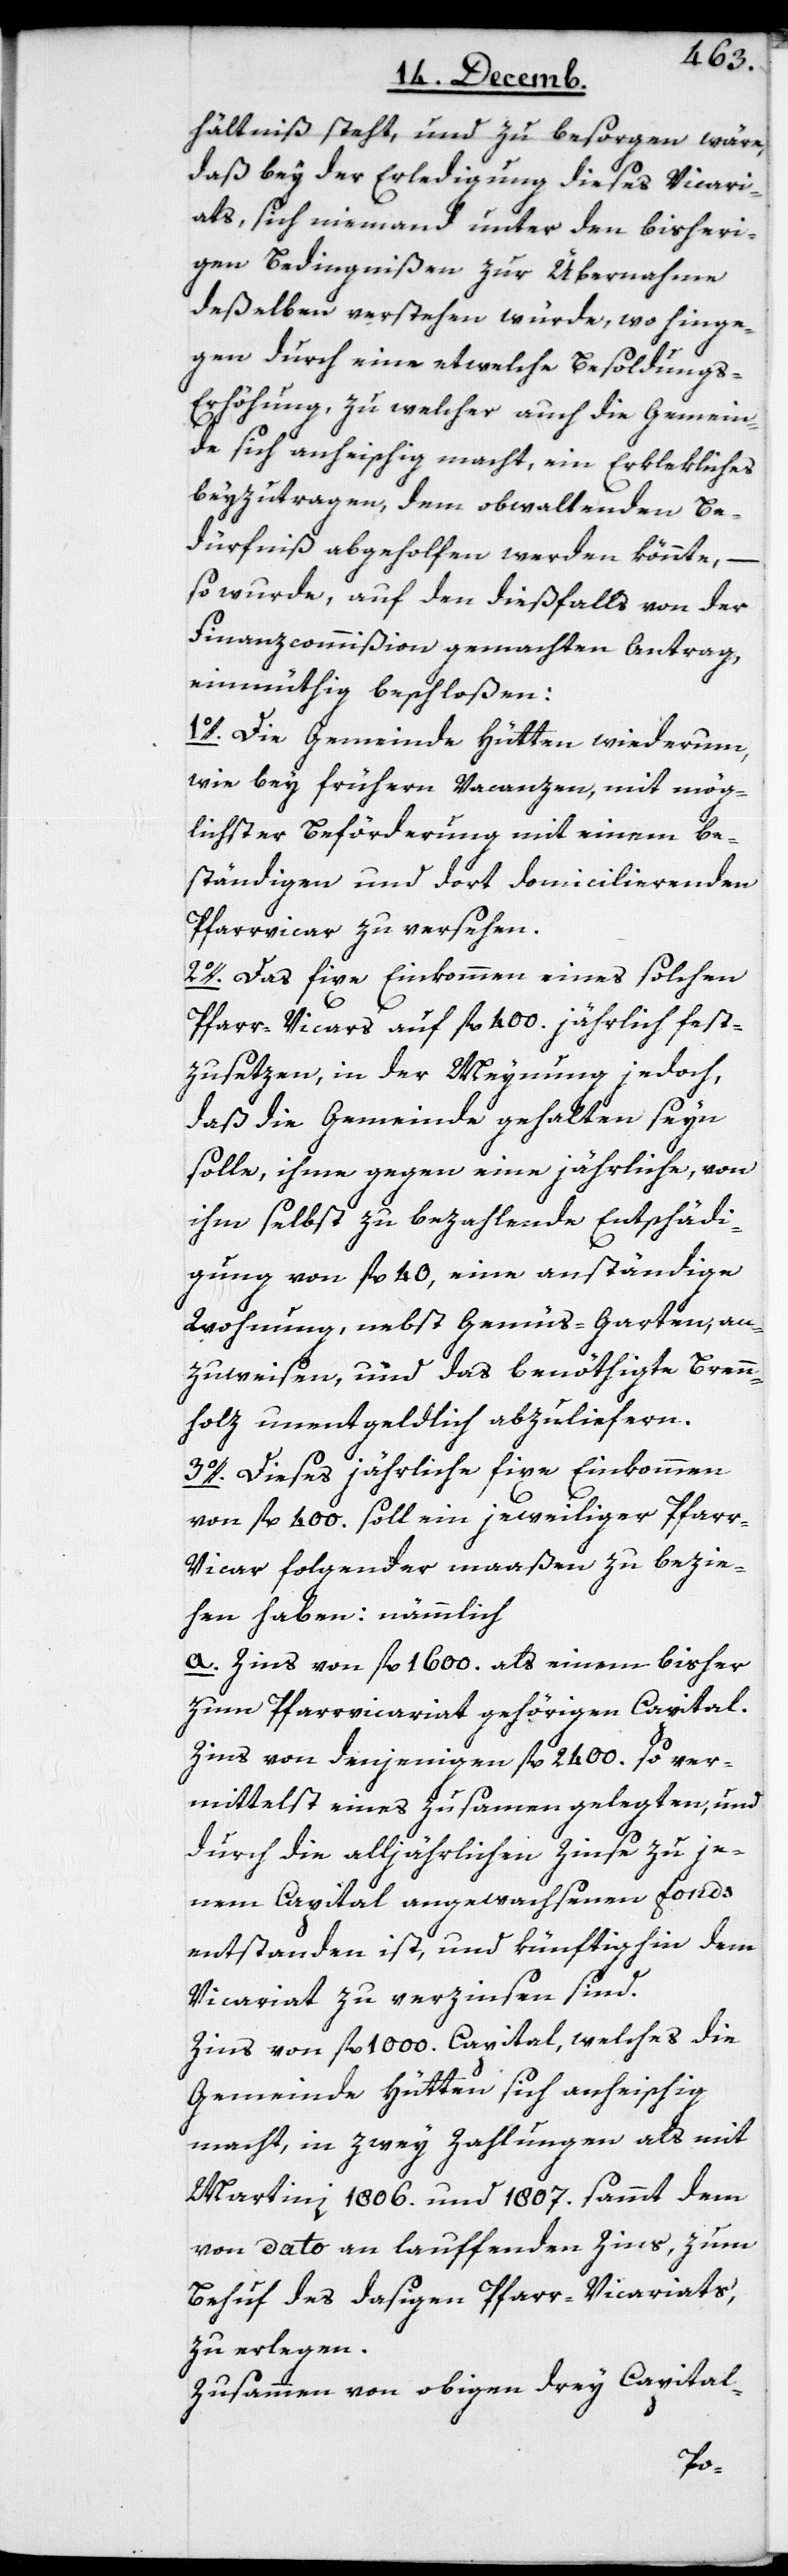
hältniß steht, und zu besorgen wäre,
daß bey der Erledigung dieses Vicari¬
ats, sich niemand unter den bisheri¬
gen Bedingnißen zur Übernahme
deßelben verstehen würde, wo hinge¬
gen durch eine etwelche Besoldungs-E¬
rhöhung, zu welcher auch die Gemein¬
de sich anheischig macht, ein Erklekliches
beyzutragen, dem obwaltenden Be¬
dürfniß abgeholfen werden könnte, –
so wurde, auf den dießfalls von der
Finanzcommißion gemachten Antrag,
einmüthig beschloßen:
1o. Die Gemeinde Hütten wiederum,
wie bey frühern Vacanzen, mit mög¬
lichster Beförderung mit einem be¬
ständigen und dort domicilierenden
Pfarrvicar zu versehen.
2o. Das fixe Einkommen eines solchen
Pfarr-Vicars auf fl. 400. jährlich fest¬
zusetzen, in der Meynung jedoch,
daß die Gemeinde gehalten seyn
solle, ihme gegen eine jährliche, von
ihm selbst zu bezahlende Entschädi¬
gung von fl. 40, eine anständige
Wohnung, nebst Gemüs-Garten, an¬
zuweisen, und das benöthigte Brenn¬
holz unentgeldlich abzuliefern.
3o. Dieses jährlich fixe Einkommen
von fl. 400. soll ein jeweiliger Pfarr-V¬
icar folgender maaßen zu bezie¬
hen haben: nämmlich
a) Zins von fl. 1600. als einem bisher
zum Pfarrvicariat gehörigen Capital.
Zins von denjenigen fl. 2400. so ver¬
mittelst eines zusammen gelegten und
durch die alljährlichen Zinse zu je¬
nem Capital angewachsenen Fonds
entstanden ist, und künftighin dem
Vicariat zu verzinsen sind.
Zins von fl. 1000. Capital, welches die
Gemeinde Hütten sich anheischig
macht, in zwey Zahlungen als mit
Martini 1806. und 1807. sammt dem
von dato an lauffenden Zins, zum
Behuf des dasigen Pfarr-Vicariats,
zu erlegen.
Zusammen von obigen drey Capital-